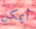
أيمكن